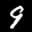
Label: 9